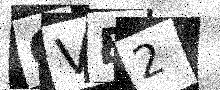
Text: OVE2